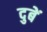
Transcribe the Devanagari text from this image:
दुबें